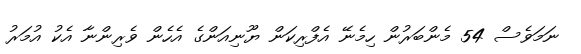
ނަމަވެސް 54 މެންބަރުން ހިމެނޭ އެފްރިކަން ޔޫނިއަންގެ އެެހެން ވެރިންނާ އެކު އުމަރު